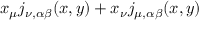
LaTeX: x _ { \mu } j _ { \nu , \alpha \beta } ( x , y ) + x _ { \nu } j _ { \mu , \alpha \beta } ( x , y )